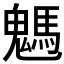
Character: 𩥢